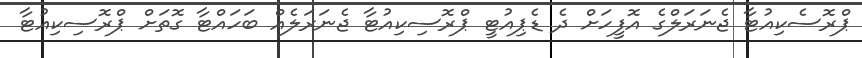
ޕްރޮސެކިއުޓާ ޖެނަރަލްގެ އޮފީހަށް ދެ ޑެޕިއުޓީ ޕްރޮސިކިއުޓާ ޖެނަރަލެއް ބަހައްޓާ ގޮތަށް ޕްރޮސިކިއުޓާ